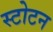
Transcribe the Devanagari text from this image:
स्टोटन